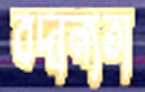
বদান্যতা